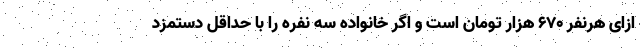
ازای هرنفر ۶۷۰ هزار تومان است و اگر خانواده سه نفره را با حداقل دستمزد